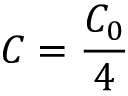
C = \frac { C _ { 0 } } { 4 }